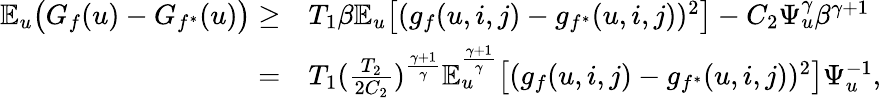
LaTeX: \begin{array}{rl}{\mathbb{E}_{u}\big(G_{f}(u)-G_{f^{*}}(u)\big)\geq}&{T_{1}\beta\mathbb{E}_{u}\big[(g_{f}(u,i,j)-g_{f^{*}}(u,i,j))^{2}\big]-C_{2}\Psi_{u}^{\gamma}\beta^{\gamma+1}}\\ {=}&{T_{1}(\frac{T_{2}}{2C_{2}})^{\frac{\gamma+1}{\gamma}}\mathbb{E}_{u}^{\frac{\gamma+1}{\gamma}}\big[(g_{f}(u,i,j)-g_{f^{*}}(u,i,j))^{2}\big]\Psi_{u}^{-1},}\end{array}